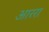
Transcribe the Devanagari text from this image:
आररा